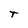
Character: T